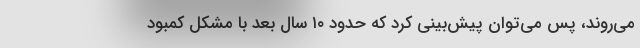
می‌روند، پس می‌توان پیش‌بینی کرد که حدود ۱۰ سال بعد با مشکل کمبود